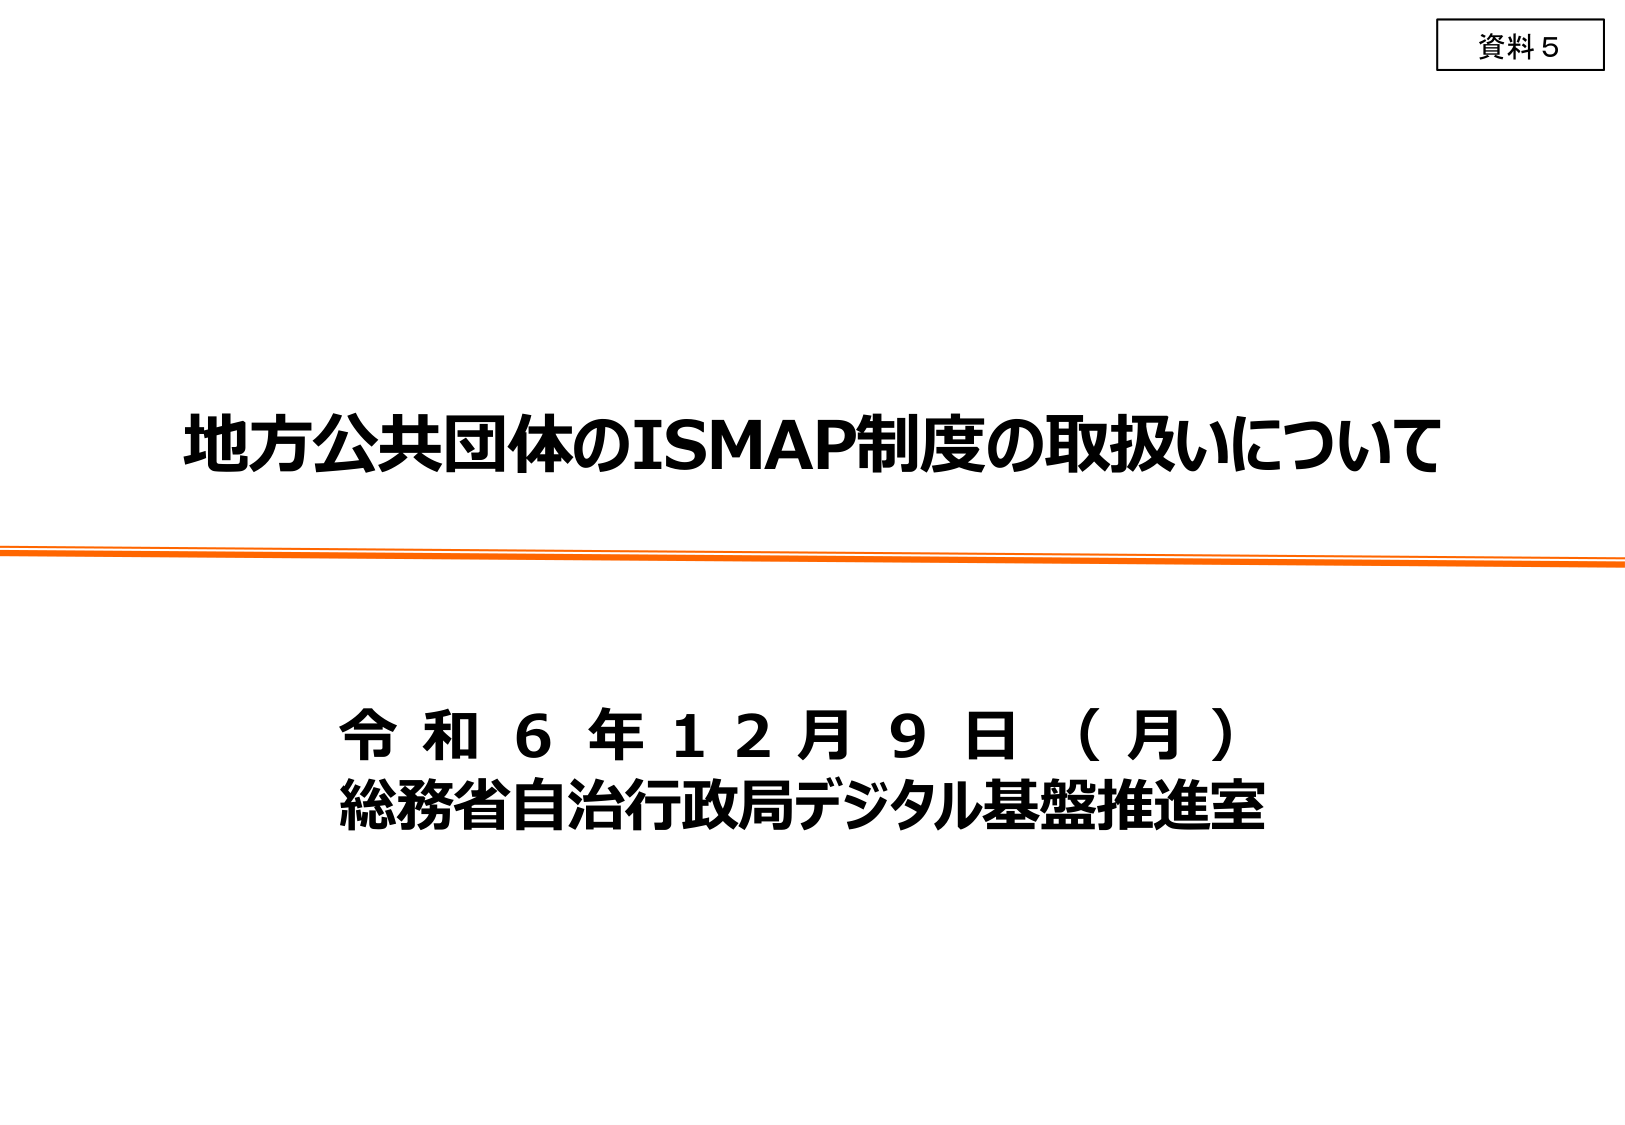
資料５

地方公共団体のISMAP制度の取扱いについて

令和６年１２月９日（月）
総務省自治行政局デジタル基盤推進室